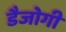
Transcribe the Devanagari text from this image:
डैजोगी